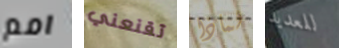
امم تقنعني لماذا للعديد